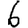
Digit: 6